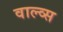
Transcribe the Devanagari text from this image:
वाल्व्स